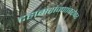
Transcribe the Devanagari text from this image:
दहाबारांज्णांबरोबर